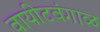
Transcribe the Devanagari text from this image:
वायीटवंगाळ